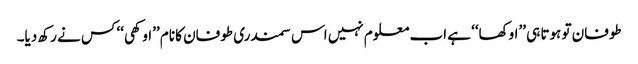
طوفان تو ہوتا ہی ’’اوکھا‘‘ ہے اب معلوم نہیں اس سمندری طوفان کا نام ’’اوکھی‘‘ کس نے رکھ دیا۔